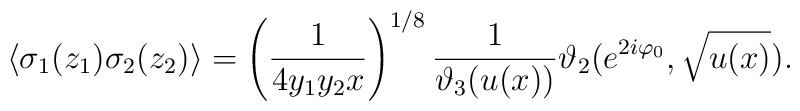
\langle \sigma_1 (z_1)\sigma_2 (z_2)\rangle =  \left(\frac{1}{4 y_1 y_2 x} \right)^{1/8} \frac{1}{\vartheta_3(u(x))}          \vartheta_2(e^{2 i \varphi_0}, \sqrt{u(x)}).